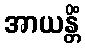
အာယန္တိံ